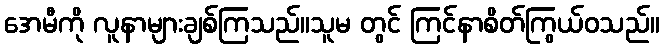
အေမီကို လူနာများချစ်ကြသည်။သူမ တွင် ကြင်နာစိတ်ကြွယ်ဝသည်။